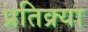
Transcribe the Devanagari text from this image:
प्रतिक्र्या